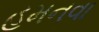
હમનવા